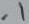
Text: .1